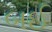
બઈ